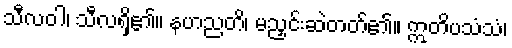
သီလဝါ၊ သီလရှိ၏။ နဟညတိ၊ မညှင်းဆဲတတ်၏။ ဣတိပသံသံ၊